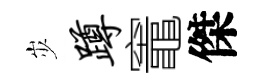
𡵯蹲竈傑